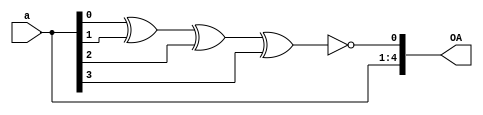
module hw3_1(

	input [3:0] a,
	output [4:0] OA

);

	assign OA [4:1] = a [3:0];
	assign OA [0] = ~(a[0] ^ a[1] ^ a[2] ^ a[3]);

endmodule